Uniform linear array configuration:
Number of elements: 8
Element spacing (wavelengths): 0.5
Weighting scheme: blackman
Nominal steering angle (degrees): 15
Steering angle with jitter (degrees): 15.464
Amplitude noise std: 0.05
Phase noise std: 0.05

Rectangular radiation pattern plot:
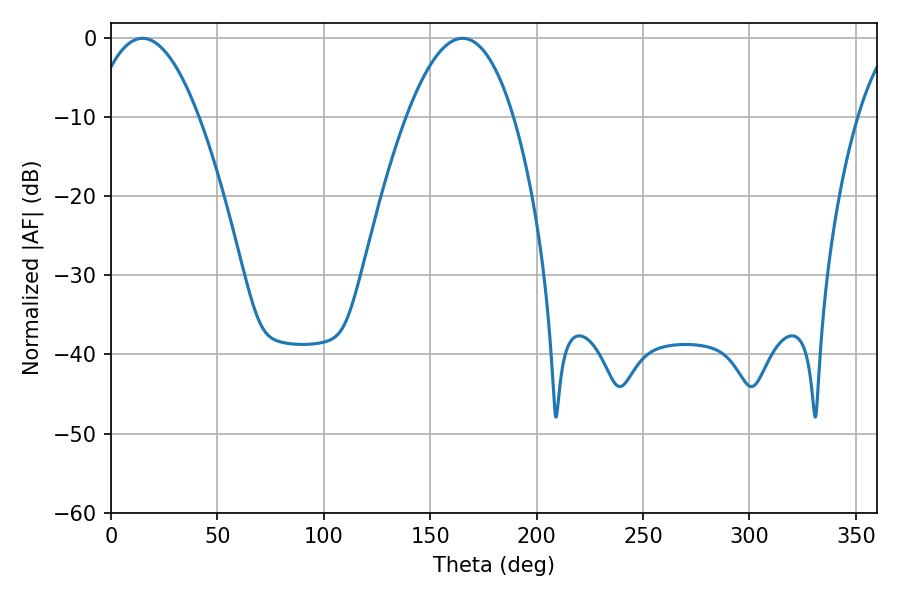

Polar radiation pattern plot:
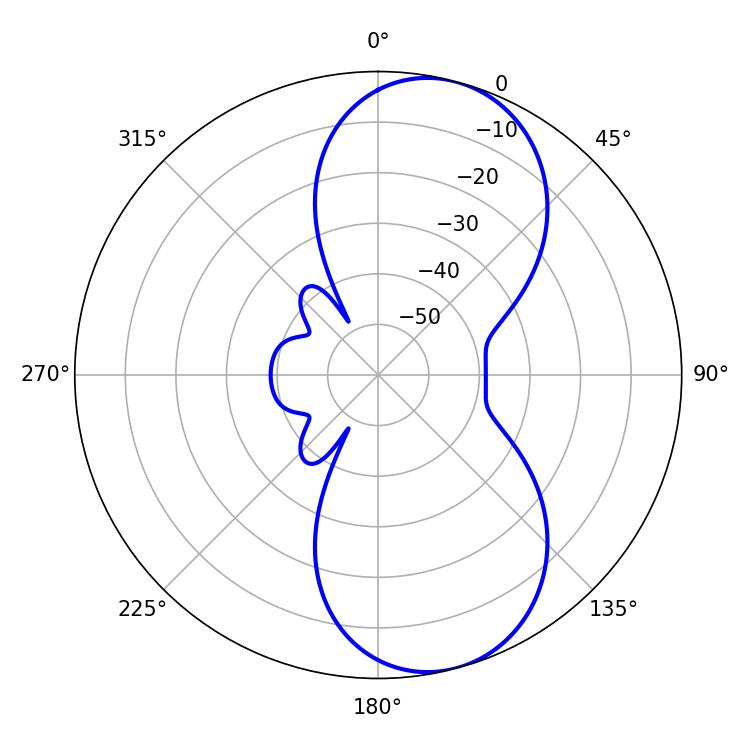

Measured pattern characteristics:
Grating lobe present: FALSE
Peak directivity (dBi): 8.647
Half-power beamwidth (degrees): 27.54
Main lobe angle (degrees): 14.76